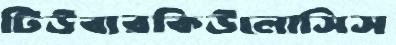
টিউবারকিউলোসিস